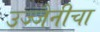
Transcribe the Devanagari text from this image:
उज्जैनीचा